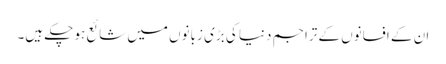
ان کے افسانوں کے تراجم دنیا کی بڑی زبانوں میں شائع ہو چکے ہیں۔